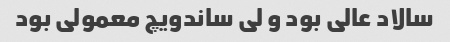
سالاد عالی بود و لی ساندویچ معمولی بود